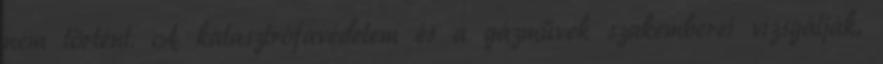
nem történt. A katasztrófavédelem és a gázművek szakemberei vizsgálják,